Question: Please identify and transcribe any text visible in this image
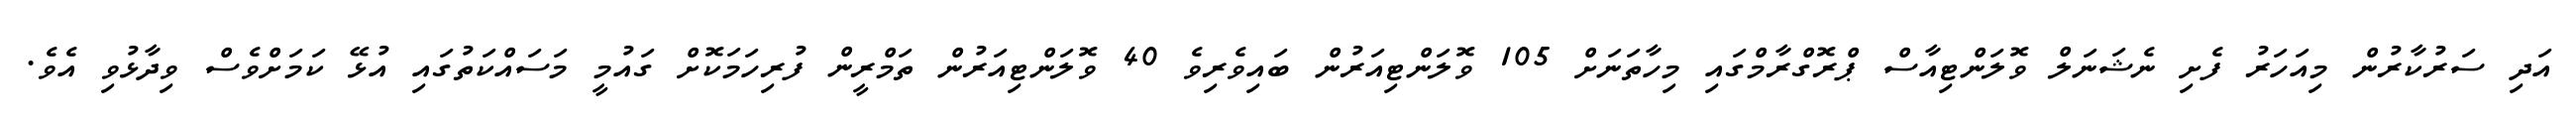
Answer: އަދި ސަރުކާރުން މިއަހަރު ފެށި ނެޝަނަލް ވޮލަންޓިއާސް ޕްރޮގްރާމްގައި މިހާތަނަށް 105 ވޮލަންޓިއަރުން ބައިވެރިވެ 40 ވޮލަންޓިއަރުން ތަމްރީން ފުރިހަމަކޮށް ގައުމީ މަސައްކަތުގައި އުޅޭ ކަމަށްވެސް ވިދާޅުވި އެވެ.